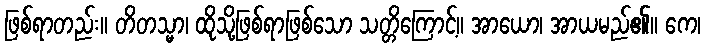
ဖြစ်ရာတည်း။ တိတသ္မာ၊ ထိုသို့ဖြစ်ရာဖြစ်သော သတ္တိကြောင့်။ အာယော၊ အာယမည်၏။ ကေ၊